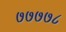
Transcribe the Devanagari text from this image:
७७७७८